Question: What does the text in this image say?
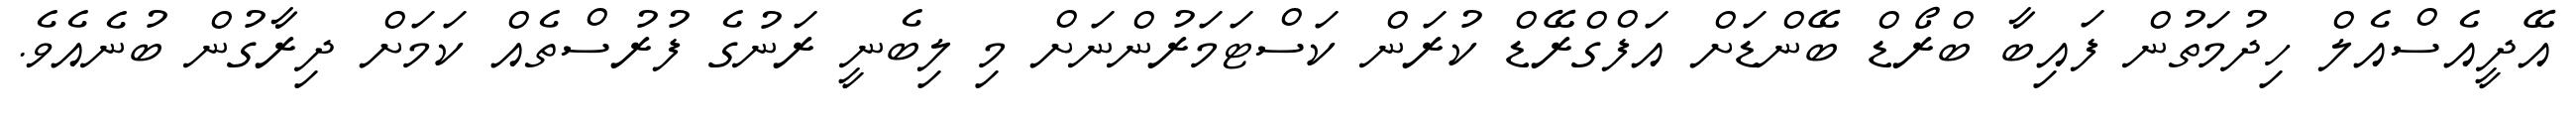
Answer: އޭދީއެސްއެލް ހިދުމަތުން ފައިބާ ބްރޯޑް ބޭންޑަށް އަފްގްރޭޑް ކުރަން ކަސްޓަމަރުންނަށް މި ލިބެނީ ރަނުގެ ފުރުސްތެއް ކަމަށް ދިރާގުން ބުނެއެވެ.